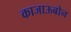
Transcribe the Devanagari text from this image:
काजाऊबोन